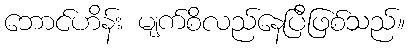
ဘောင်ဟိန်း မျက်စိလည်နေပြီဖြစ်သည်။